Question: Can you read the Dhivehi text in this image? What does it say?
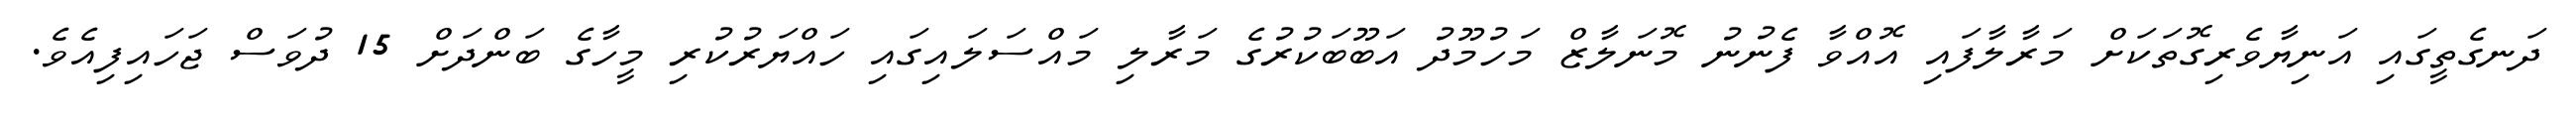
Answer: ދަނގެތީގައި އަނިޔާވެރިގޮތަކަށް މަރާލާފައި އޮއްވާ ފެނުނު މޮނަލާޒް މަހުމޫދު އަބޫބަކުރުގެ މަރާލި މައްސަލައިގައި ހައްޔަރުކުރި މީހާގެ ބަންދަށް 15 ދުވަސް ޖަހައިފިއެވެ.